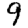
Digit: 9